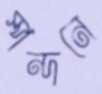
স্পন্দনে